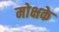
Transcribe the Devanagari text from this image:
मोक्षके